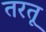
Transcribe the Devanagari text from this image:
तरतू